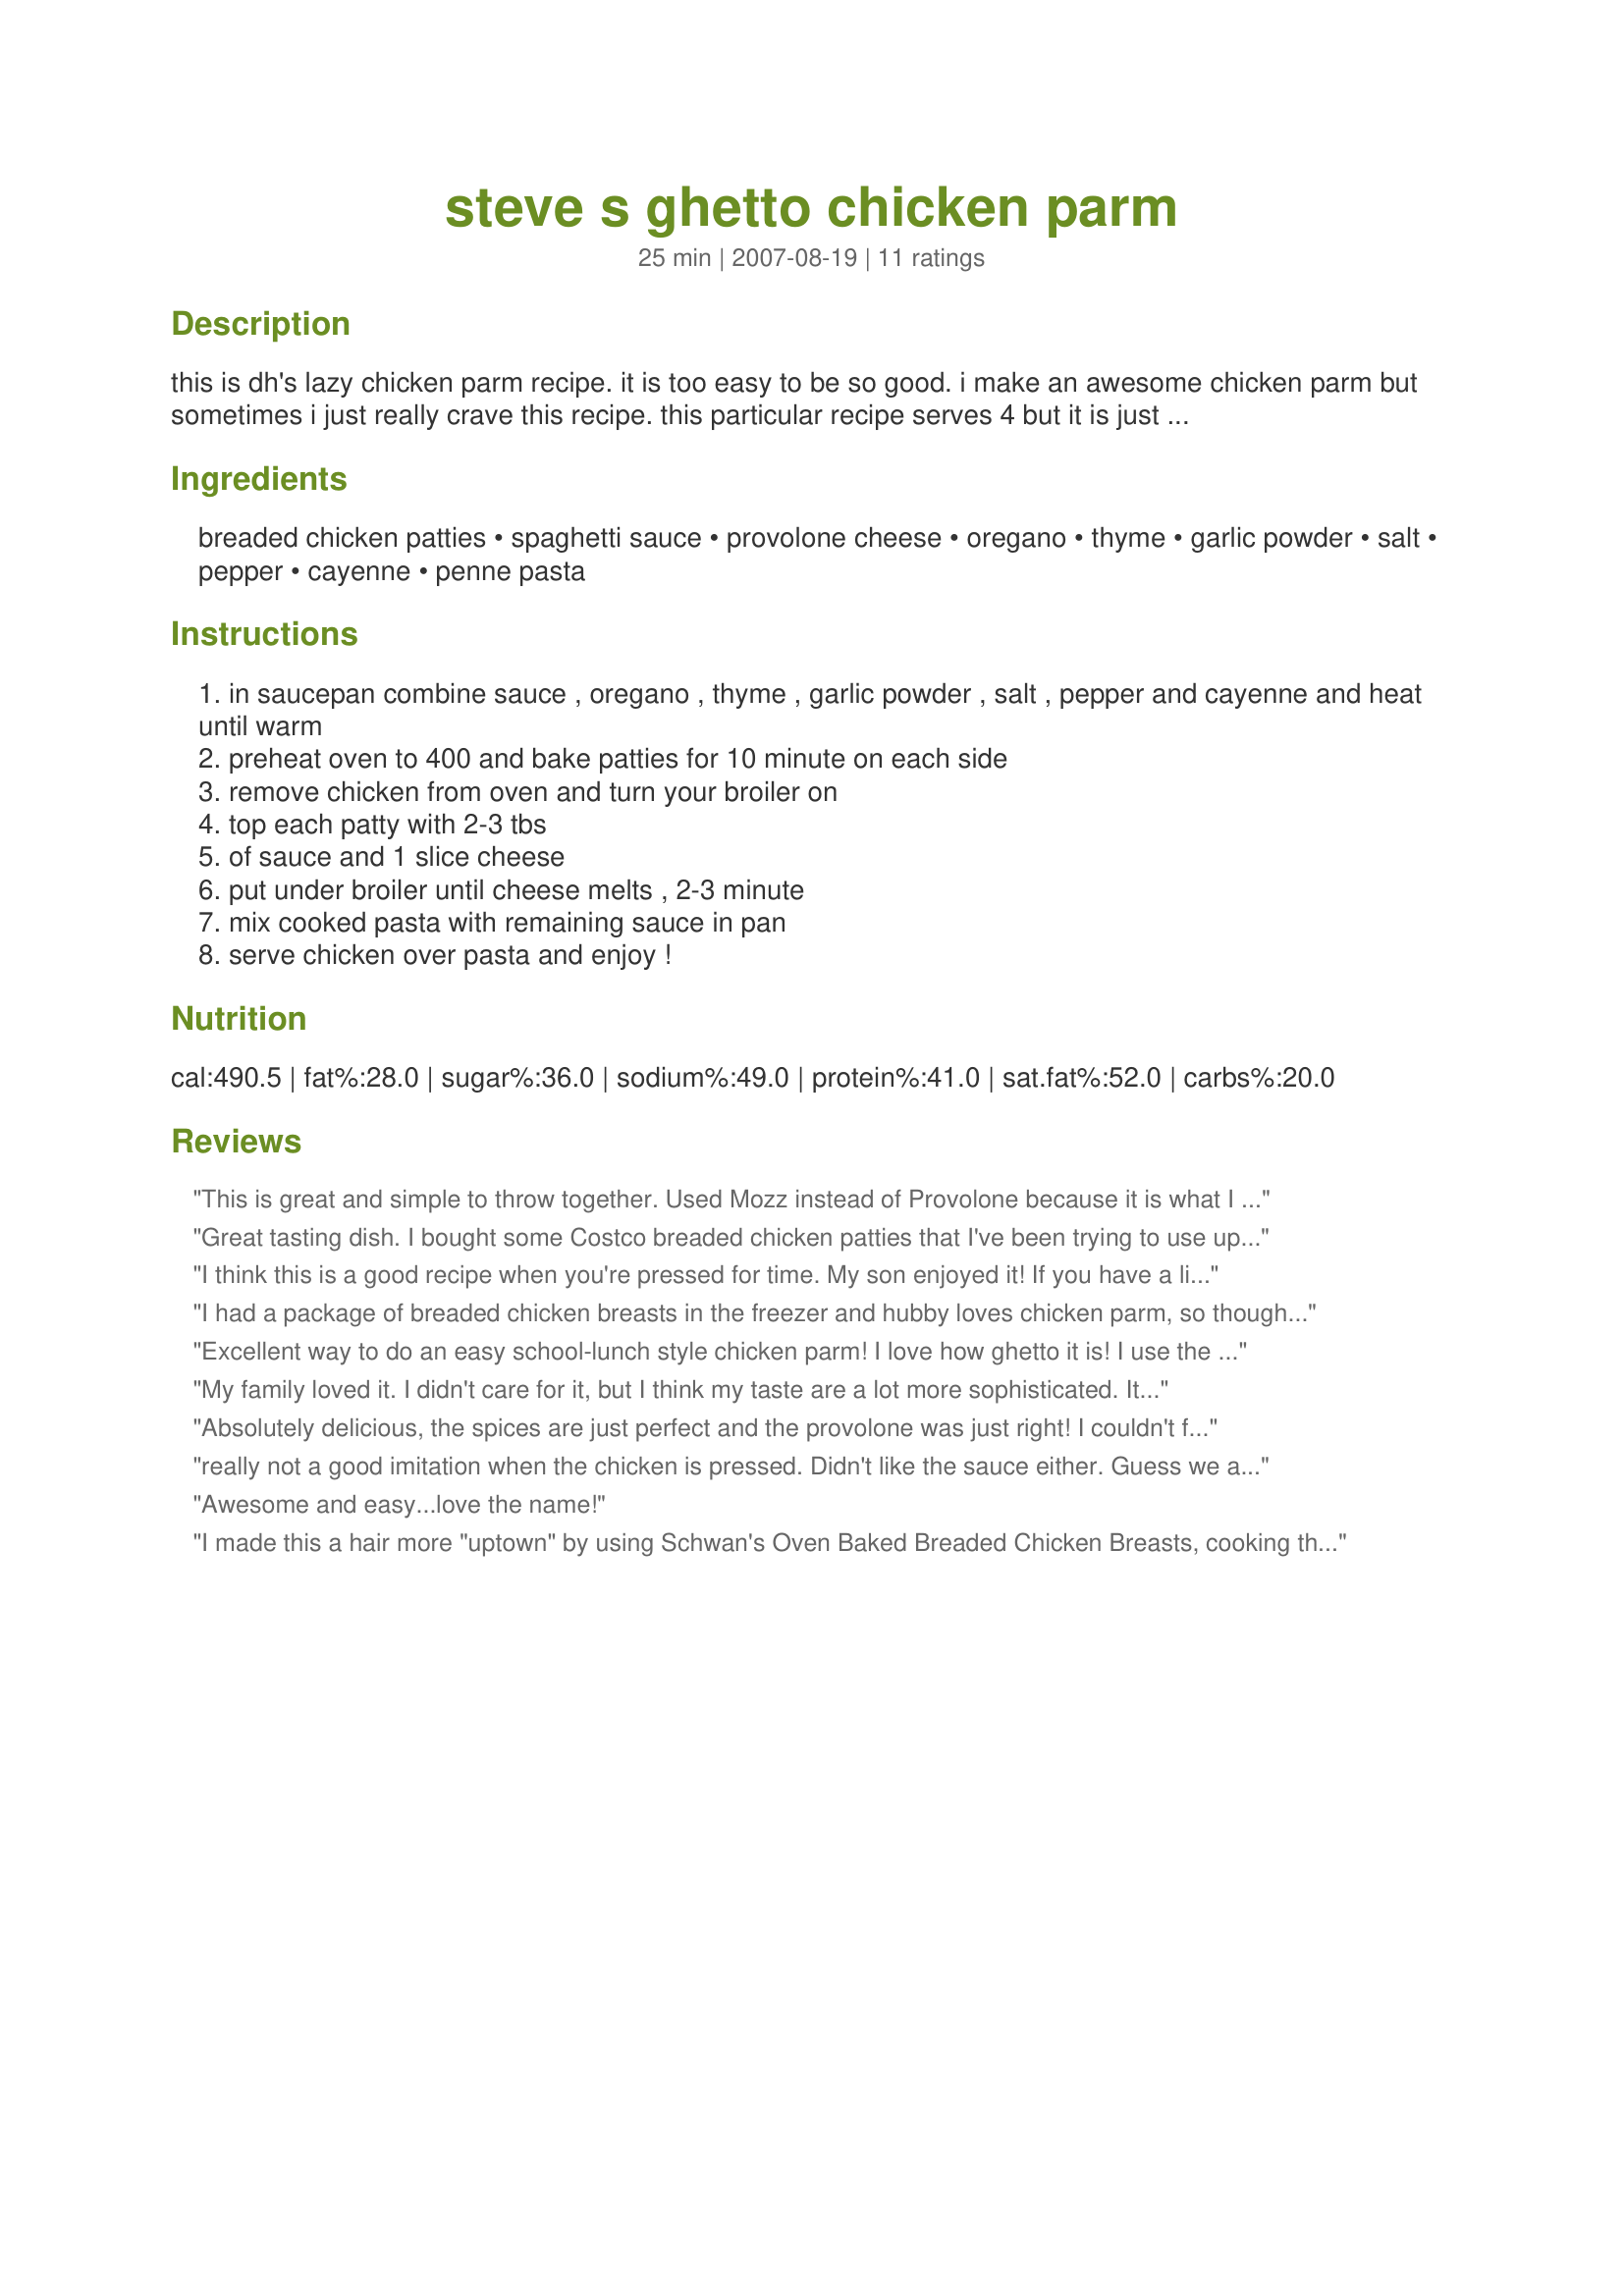
steve s ghetto chicken parm
Preparation time: 25 minutes

this is dh's lazy chicken parm recipe. it is too easy to be so good. i make an awesome chicken parm but sometimes i just really crave this recipe. this particular recipe serves 4 but it is just as quick and easy to make for 1 or 10. hope you enjoy!

Ingredients:
breaded chicken patties, spaghetti sauce, provolone cheese, oregano, thyme, garlic powder, salt, pepper, cayenne, penne pasta

Steps:
in saucepan combine sauce , oregano , thyme , garlic powder , salt , pepper and cayenne and heat until warm
preheat oven to 400 and bake patties for 10 minute on each side
remove chicken from oven and turn your broiler on
top each patty with 2-3 tbs
of sauce and 1 slice cheese
put under broiler until cheese melts , 2-3 minute
mix cooked pasta with remaining sauce in pan
serve chicken over pasta and enjoy !

Reviews:
This is great and simple to throw together. Used Mozz instead of Provolone because it is what I had on hand... Since it was shredded, I didn't really measure, just sort of overed it. Didn't measure spices either, just did it to taste. Thanks for an easily tweakable weeknight meal.
Great tasting dish. I bought some Costco breaded chicken patties that I've been trying to use up so I've tried a couple different (yet very similair) recipes on Zaar... none as good as this one. The time for pre-cooking the patties was perfect & the extra spices added great flavours. I used a home-made sauce (with spices) so I cut the recipe spices in 1/2. I also cut the serving in 1/2 & found it would feed 4 in our household. Didn't have provolone so I used mozza. Very easy & tasty meal, thanks for sharing.
I think this is a good recipe when you're pressed for time. My son enjoyed it! If you have a little extra time, I would make your own with the Italian bread crumbs & grated parm. I'm a big fan of the Olive Garden's Chicken Parm, so I'm always on the search for that recipe! Pay no attention to "pegasuslegend"... This is great! Especially since you clearly define it as "Ghetto" & "Lazy". Negative comments not necessary or warranted! Keep it up!! :O)
I had a package of breaded chicken breasts in the freezer and hubby loves chicken parm, so thought I would give this a try. I cooked my chicken according to the package which was 20 minutes per side. I then followed the rest of the recipe as written other then I didn't add the optional cayenne pepper. I added the pasta and topped it with the sauce, then topped that with the chicken, the rest of the sauce and the cheese. I then cooked it for an additional 5 minutes in the oven to melt the cheese. We enjoyed it.
Excellent way to do an easy school-lunch style chicken parm! I love how ghetto it is! I use the Tyson chicken patties as well, but I use the Classico Spicy Red Pepper Sauce. Added shredded parm on top of the provolone, and tossed the pasta with a little butter, salt and pepper. Thanks for posting such a tasty and easy dish, KLBoyle!!!
My family loved it. I didn't care for it, but I think my taste are a lot more sophisticated. It was very easy to make.
Absolutely delicious, the spices are just perfect and the provolone was just right! I couldn't find breaded chicken patties so I made my own with flattened chicken breasts and italian bread crumbs with grated parmesan. Thanks KL, this one is a big-time keeper!
really not a good imitation when the chicken is pressed. Didn't like the sauce either.
Guess we are just too spoiled with the real thing.
Awesome and easy...love the name!
I made this a hair more "uptown" by using Schwan's Oven Baked Breaded Chicken Breasts, cooking them per the package directions and broiling at the end as this recipe indicates.
It isn't gourmet, but it is tasty, quick and easy for a wonderful weeknight supper, especially when you get home late!
This is really good :)
Thank you for posting :)
